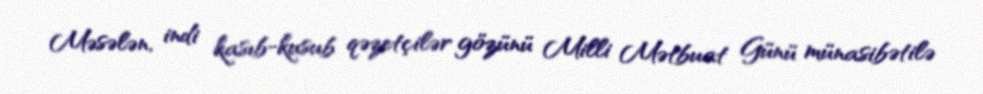
Məsələn, indi kasıb-kusub qəzetçilər gözünü Milli Mətbuat Günü münasibətilə